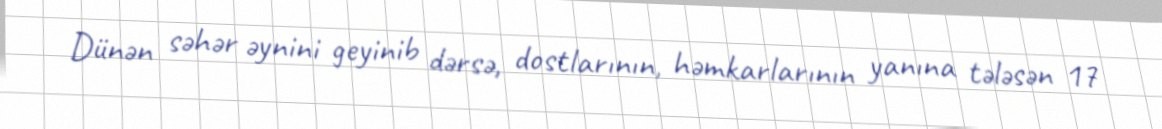
Dünən səhər əynini geyinib dərsə, dostlarının, həmkarlarının yanına tələsən 17